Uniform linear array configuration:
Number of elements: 8
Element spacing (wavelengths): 1
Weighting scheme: kaiser
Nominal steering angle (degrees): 30
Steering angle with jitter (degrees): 31.161
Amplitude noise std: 0.05
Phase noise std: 0.05

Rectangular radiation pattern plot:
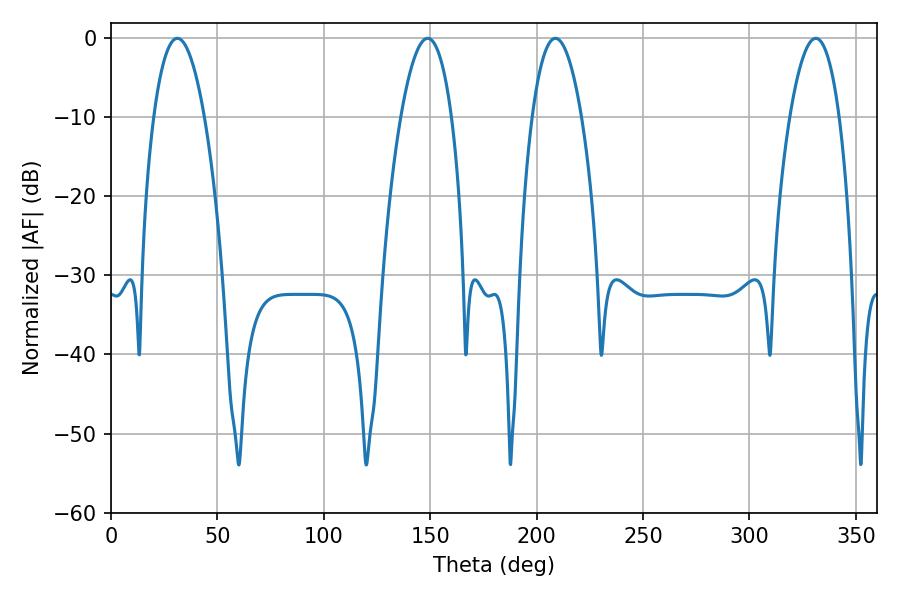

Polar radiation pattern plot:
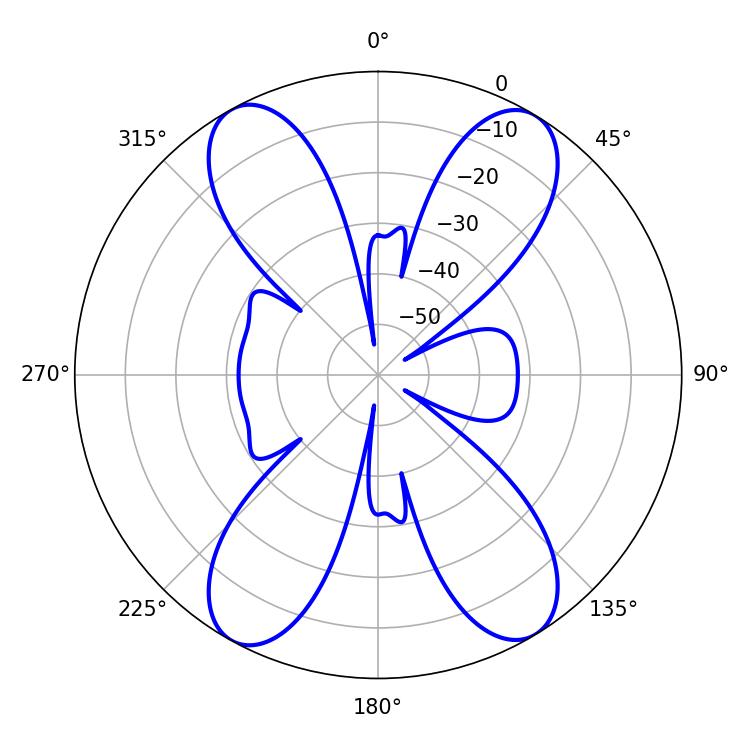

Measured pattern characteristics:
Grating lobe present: TRUE
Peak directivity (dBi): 19.272
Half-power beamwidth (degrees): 12.78
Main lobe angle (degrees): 208.8